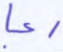
رعبا